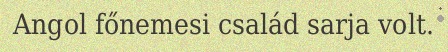
Angol főnemesi család sarja volt.